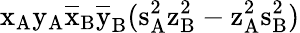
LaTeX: \mathrm{x_{A}\mathrm{y_{A}\mathrm{\overline{{x}}_{B}\mathrm{\overline{{y}}_{B}(\mathrm{s_{A}^{2}\mathrm{z_{B}^{2}-\mathrm{z_{A}^{2}\mathrm{s_{B}^{2})}}}}}}}}